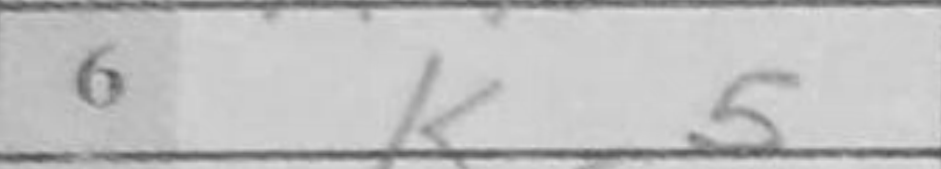
Transcription: Kd5